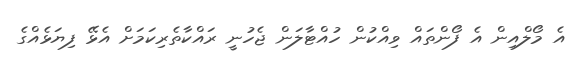
އެ މޯލްއިން އެ ފޯންތައް ވިއްކުން ހުއްޓާލަން ޖެހުނީ ރައްކާތެރިކަމަށް އެޅޭ ފިޔަޅެއްގެ